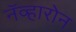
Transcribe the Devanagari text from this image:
नॅव्हारोन